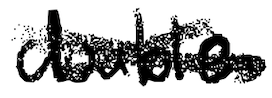
Text: Double
Cross-out: cross
Writing tool: digital_black